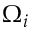
\Omega _ { i }